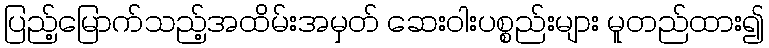
ပြည့်မြောက်သည့်အထိမ်းအမှတ် ဆေးဝါးပစ္စည်းများ မူတည်ထား၍